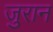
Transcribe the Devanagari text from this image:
जुरान